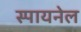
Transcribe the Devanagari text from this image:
स्पायनेल